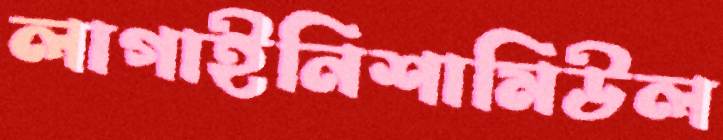
লাগাইনিশামিউল